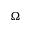
\Omega